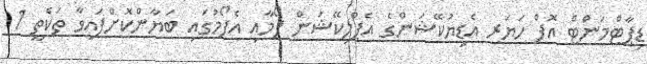
ޑިޕާޓްމަންޓް އޮފް ހަޔަރ އެޑިޔުކޭޝަންގެ އެޕްލިކޭޝަން ފޯމާއި އެފޯމުގައި ބަޔާންކޮށްފައިވާ ތަކެތީ 1